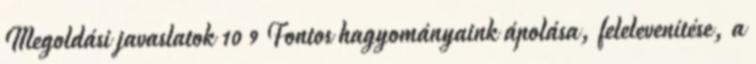
Megoldási javaslatok 10 9 Fontos hagyományaink ápolása, felelevenítése, a